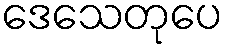
ဒေသေတုပေ